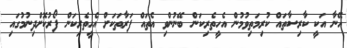
އޭނާ އަކީ ކާރިސާތައް ކުރިމަތިވުމުން އެހީތެރިކަން ބޭނުންވި އެތައް ފަރާތަކަށް އެހީތެރިކަން ފޯރުކޮށްދިނުމުގައި